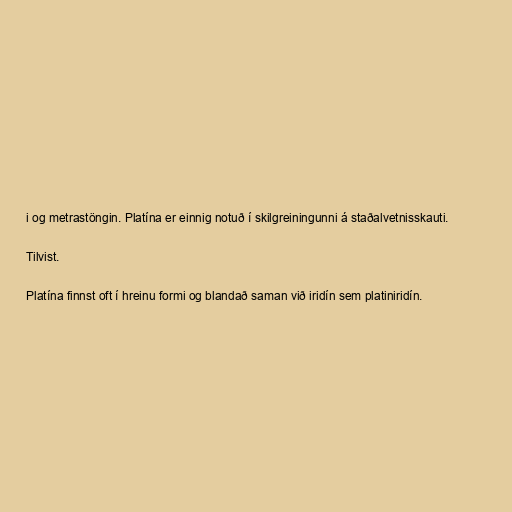
i og metrastöngin. Platína er einnig notuð í skilgreiningunni á staðalvetnisskauti.

Tilvist.

Platína finnst oft í hreinu formi og blandað saman við iridín sem platiniridín.